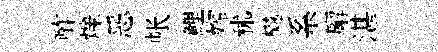
酢爍恶帐鯉嫦秫樾系廨湛